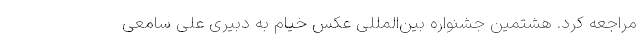
مراجعه کرد. هشتمین جشنواره بین‌المللی عکس خیام به دبیری علی سامعی